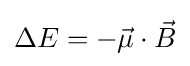
\Delta E=-{\vec {\mu }}\cdot {\vec {B}}